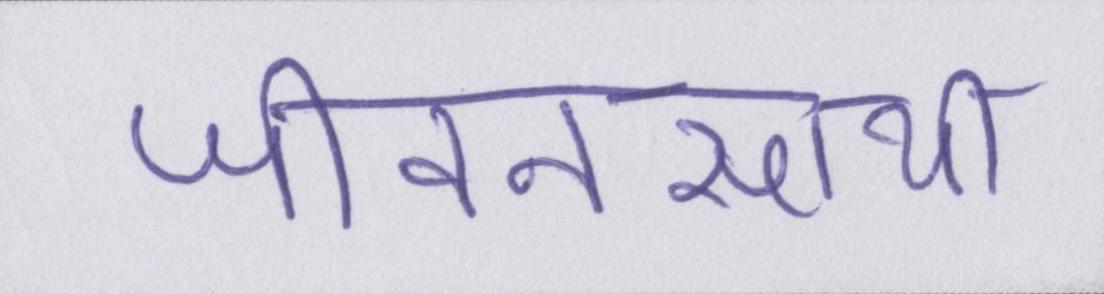
जीवनसाथी